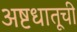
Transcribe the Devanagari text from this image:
अष्टधातूची